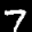
Label: 7